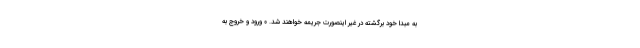
به مبدا خود برگشته در غیر اینصورت جریمه خواهند شد. ۰ ورود و خروج به